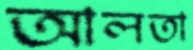
আলতা